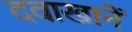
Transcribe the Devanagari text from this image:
दवाखानें